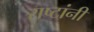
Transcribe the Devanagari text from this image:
राष्टांनी